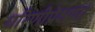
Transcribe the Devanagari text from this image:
धरिणीप्रेक्षणा